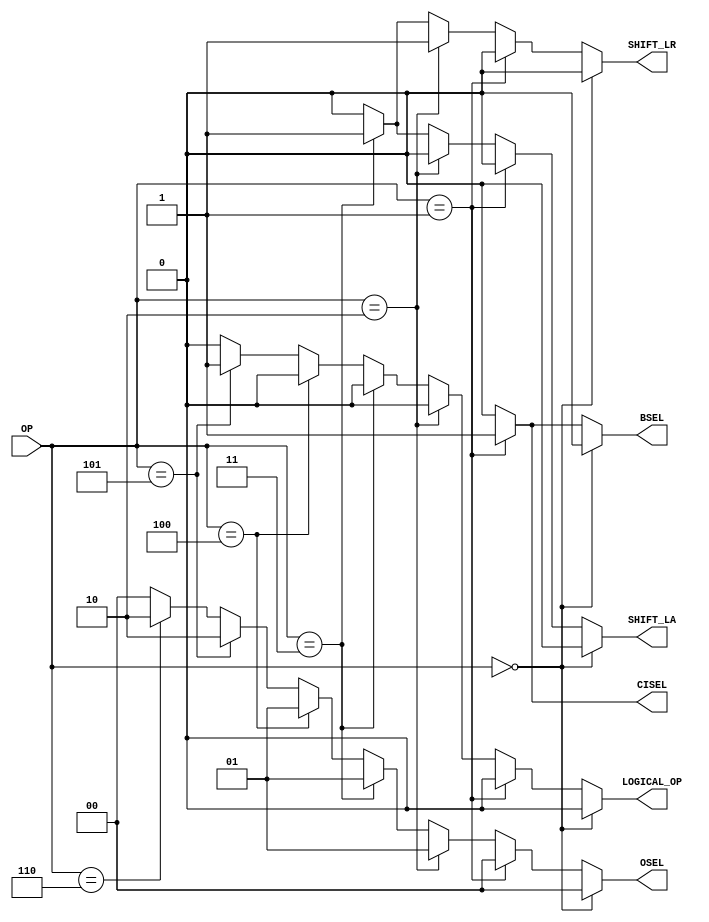
module control(OP, CISEL, BSEL, OSEL, SHIFT_LA, SHIFT_LR, LOGICAL_OP); // add other inputs and outputs here

  // inputs (add others here)
  input  [2:0]  OP;
  
  // outputs (add others here)
  output        CISEL;
  output			 BSEL;
  output [1:0]  OSEL;
  output			 SHIFT_LA;
  output        SHIFT_LR;
  output			 LOGICAL_OP;

  // reg and internal variable definitions
  reg			 BSEL;
  reg [1:0]  OSEL;
  reg			 SHIFT_LA;
  reg        SHIFT_LR;
  reg			 LOGICAL_OP;
  wire 		 CISEL;
  
  // implement module here (add other control signals below)
  assign CISEL = (OP == 3'b001) ? 1'b1 : 1'b0;
  
  always @ (*) begin
	if (OP == 3'd0) begin
		BSEL <= 1'b0;
		OSEL <= 2'b00;
		SHIFT_LA <= 1'b0;
		SHIFT_LR <= 1'b0;
		LOGICAL_OP <= 1'b0;
	end
	else if (OP == 3'd1) begin
		BSEL <= 1'b1;
		OSEL <= 2'b00;
		SHIFT_LA <= 1'b0;
		SHIFT_LR <= 1'b0;
		LOGICAL_OP <= 1'b0;
	end
	else if (OP == 3'd2) begin
		BSEL <= 1'b0;
		OSEL <= 2'b01;
		SHIFT_LA <= 1'b0;
		SHIFT_LR <= 1'b1;
		LOGICAL_OP <= 1'b0;
	end
	else if (OP == 3'd3) begin
		BSEL <= 1'b0;
		OSEL <= 2'b01;
		SHIFT_LA <= 1'b1;
		SHIFT_LR <= 1'b1;
		LOGICAL_OP <= 1'b0;
	end
	else if (OP == 3'd4) begin
		BSEL <= 1'b0;
		OSEL <= 2'b01;
		SHIFT_LA <= 1'b0;
		SHIFT_LR <= 1'b0;
		LOGICAL_OP <= 1'b0;
	end
	else if (OP == 3'd5) begin
		BSEL <= 1'b0;
		OSEL <= 2'b10;
		SHIFT_LA <= 1'b0;
		SHIFT_LR <= 1'b0;
		LOGICAL_OP <= 1'b1;
	end
	else if (OP == 3'd6) begin
		BSEL <= 1'b0;
		OSEL <= 2'b10;
		SHIFT_LA <= 1'b0;
		SHIFT_LR <= 1'b0;
		LOGICAL_OP <= 1'b0;
	end
	else begin
		BSEL <= 1'b0;
		OSEL <= 2'b00;
		SHIFT_LA <= 1'b0;
		SHIFT_LR <= 1'b0;
		LOGICAL_OP <= 1'b0;
	end
  end
  
endmodule